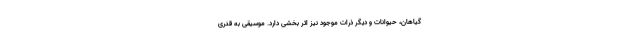
گیاهان، حیوانات و دیگر ذرات موجود نیز اثر بخشی دارد. موسیقی به قدری